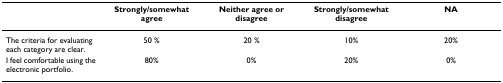
<table><thead><tr><td></td><td><b>Strongly/somewhat agree</b></td><td><b>Neither agree or disagree</b></td><td><b>Strongly/somewhat disagree</b></td><td><b>NA</b></td></tr></thead><tbody><tr><td>The criteria for evaluating each category are clear.</td><td>50 %</td><td>20 %</td><td>10%</td><td>20%</td></tr><tr><td>I feel comfortable using the electronic portfolio.</td><td>80%</td><td>0%</td><td>20%</td><td>0%</td></tr></tbody></table>